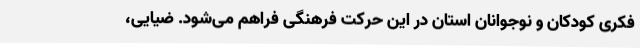
فکری کودکان و نوجوانان استان در این حرکت فرهنگی فراهم ‌می‌شود. ضیایی،